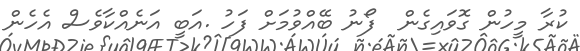
ކުރާ މީހުން ގޮވައިގެން  ފޯނު ބޭއްވުމަށް ފަހު .އަބީ އަނެއްކާވެސް އެހެން